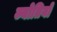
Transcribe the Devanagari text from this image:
ज्योतियो